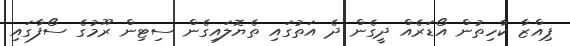
ޕިއްޒާ ކާހިތުން އޯޑަރެއް ދީގެން ދެ އަތުގައި ތެޔޮލައިގެން ސިޓިން ރޫމުގެ ސޯފާގައި